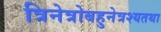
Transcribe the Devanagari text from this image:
त्रिनेत्रोबहुनेत्रश्यतथा